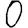
Digit: 0